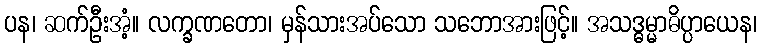
ပန၊ ဆက်ဦးအံ့။ လက္ခဏတော၊ မှန်သားအပ်သော သဘောအားဖြင့်။ အသဒ္ဓမ္မာဓိပ္ပာယေန၊